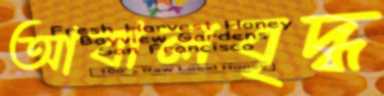
আবালবৃদ্ধ